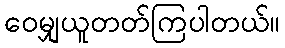
ဝေမျှယူတတ်ကြပါတယ်။